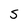
Character: S